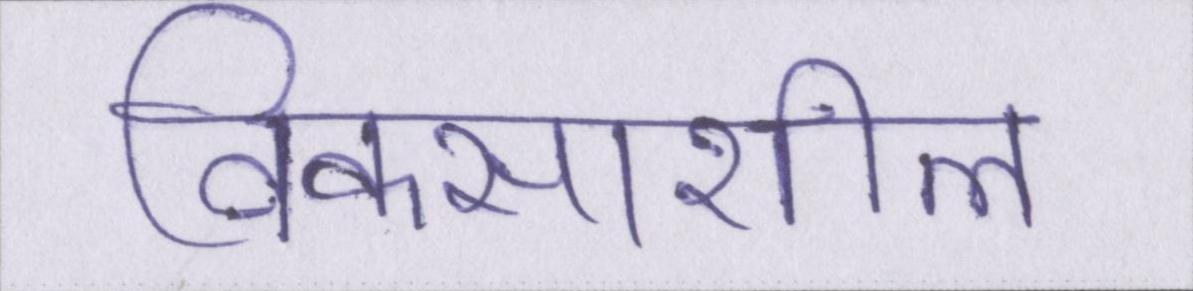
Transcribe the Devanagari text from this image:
विकसाशील